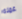
عمله